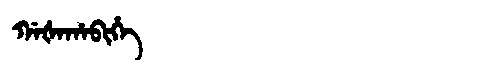
Manchu: ᡤᠠᡧᠠᡥᠠᠪᡳᡥᡝ
Romanization: GAŠAHABIHE